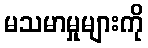
မသမာမှုများကို